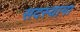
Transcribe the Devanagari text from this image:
सदस्याना